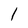
Character: l